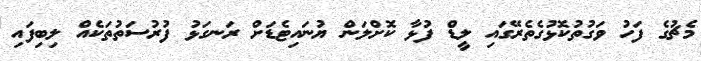
މެޗުގެ ފަހު ވަގުތުކޮޅުގެތެރޭގައި ލީޑް ފުޅާ ކޮށްލަން ޔުނައިޓެޑަށް ރަނގަޅު ފުރުސަތުތަކެއް ލިބިފައި